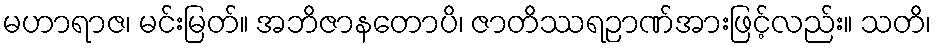
မဟာရာဇ၊ မင်းမြတ်။ အဘိဇာနတောပိ၊ ဇာတိဿရဉာဏ်အားဖြင့်လည်း။ သတိ၊